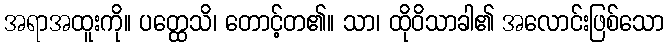
အရာအထူးကို။ ပတ္ထေသိ၊ တောင့်တ၏။ သာ၊ ထိုဝိသာခါ၏ အလောင်းဖြစ်သော